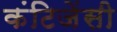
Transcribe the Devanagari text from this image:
कंटिजेंसी